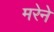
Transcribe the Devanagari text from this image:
मरेने